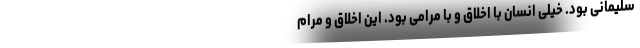
سلیمانی بود. خیلی انسان با اخلاق و با مرامی بود. این اخلاق و مرام